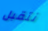
نتقبل